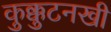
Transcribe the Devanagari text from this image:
कुक्कुटनखी